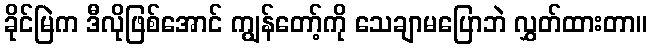
ခိုင်မြဲက ဒီလိုဖြစ်အောင် ကျွန်တော့်ကို သေချာမပြောဘဲ လွှတ်ထားတာ။